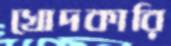
খোদকারি